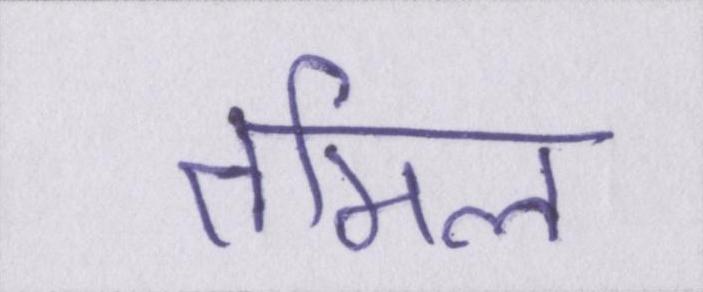
तमिल